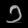
Digit: ၁